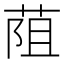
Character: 𦯓